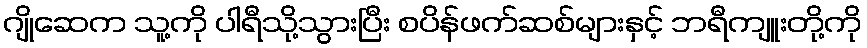
ဂျိုဆေက သူ့ကို ပါရီသို့သွားပြီး စပိန်ဖက်ဆစ်များနှင့် ဘရီကျူးတို့ကို